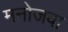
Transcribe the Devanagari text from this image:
मनोजवा